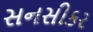
સનસીકર